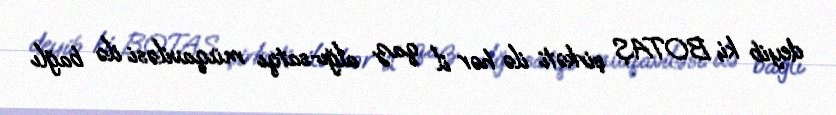
deyib ki, BOTAŞ şirkəti ilə hər il qaz alğı-satqı müqaviləsi ilə bağlı